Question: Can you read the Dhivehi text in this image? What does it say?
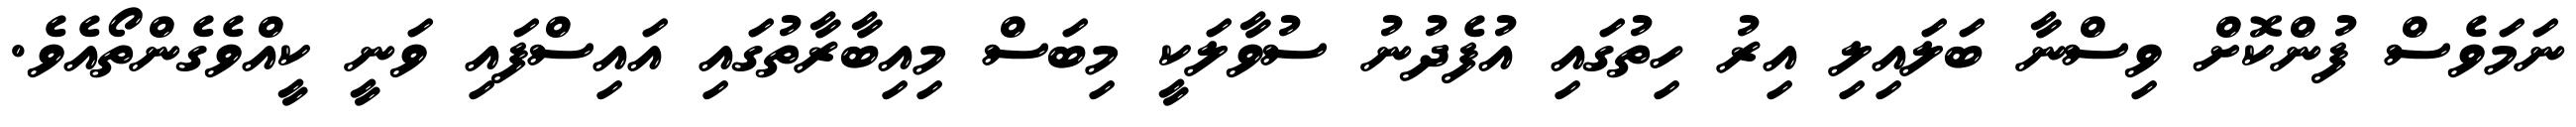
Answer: ނަމަވެސް ފުންކޮށް ވިސްނާ ބަލައިލި އިރު ހިތުގައި އުފެދުނު ސުވާލަކީ މިބަސް މިއިބާރާތުގައި އައިސްފައި ވަނީ ކީއްވެގެންތޯއެވެ.